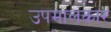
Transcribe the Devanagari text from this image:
उपमालंकार